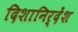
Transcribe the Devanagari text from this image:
दिशानिर्देंश